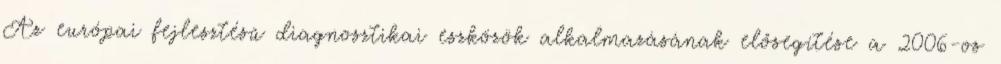
Az európai fejlesztésű diagnosztikai eszközök alkalmazásának elősegítése a 2006-os